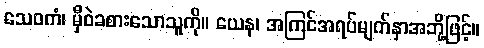
သေဝကံ၊ မှီဝဲခစားသောသူကို။ ယေန၊ အကြင်အရပ်မျက်နှာအဘို့ဖြင့်။